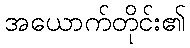
အယောက်တိုင်း၏